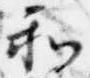
和